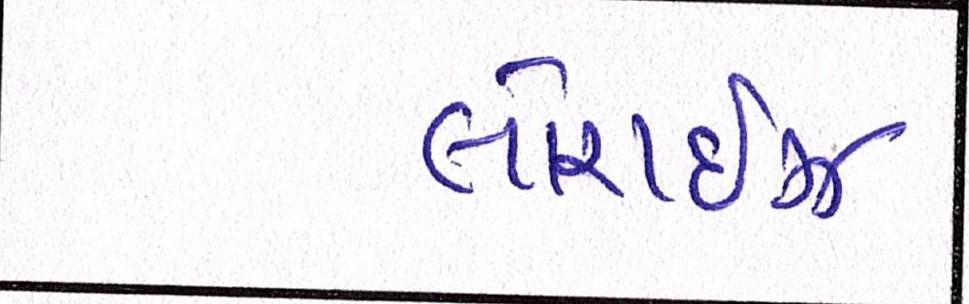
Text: લોરાઈઝ